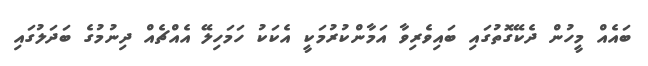
ބައެއް މީހުން ދެކޭގޮތުގައި ބައިވެރިވާ އަމާންކުރުމަކީ އެކަކު ހަމަހިލޭ އެއްޗެއް ދިނުމުގެ ބަދަލުގައި